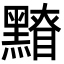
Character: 𪒂